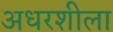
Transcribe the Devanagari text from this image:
अधरशीला